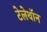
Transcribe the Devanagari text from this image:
टेलेथॉन